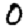
Digit: 0